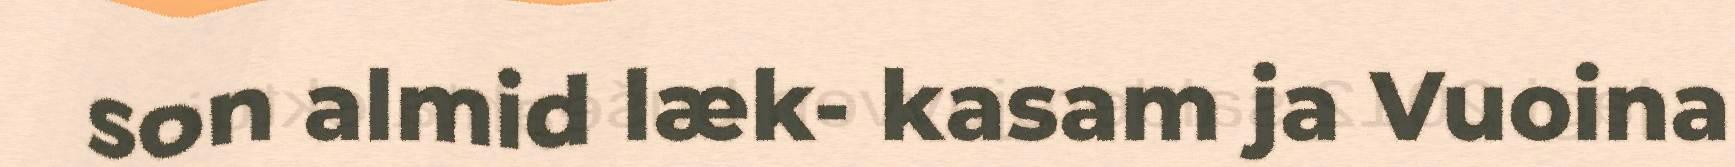
son almid læk- kasam ja Vuoina